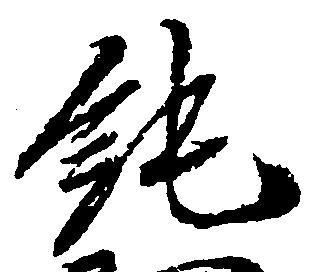
純